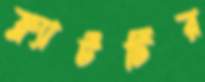
ফ্ল্যাটটির